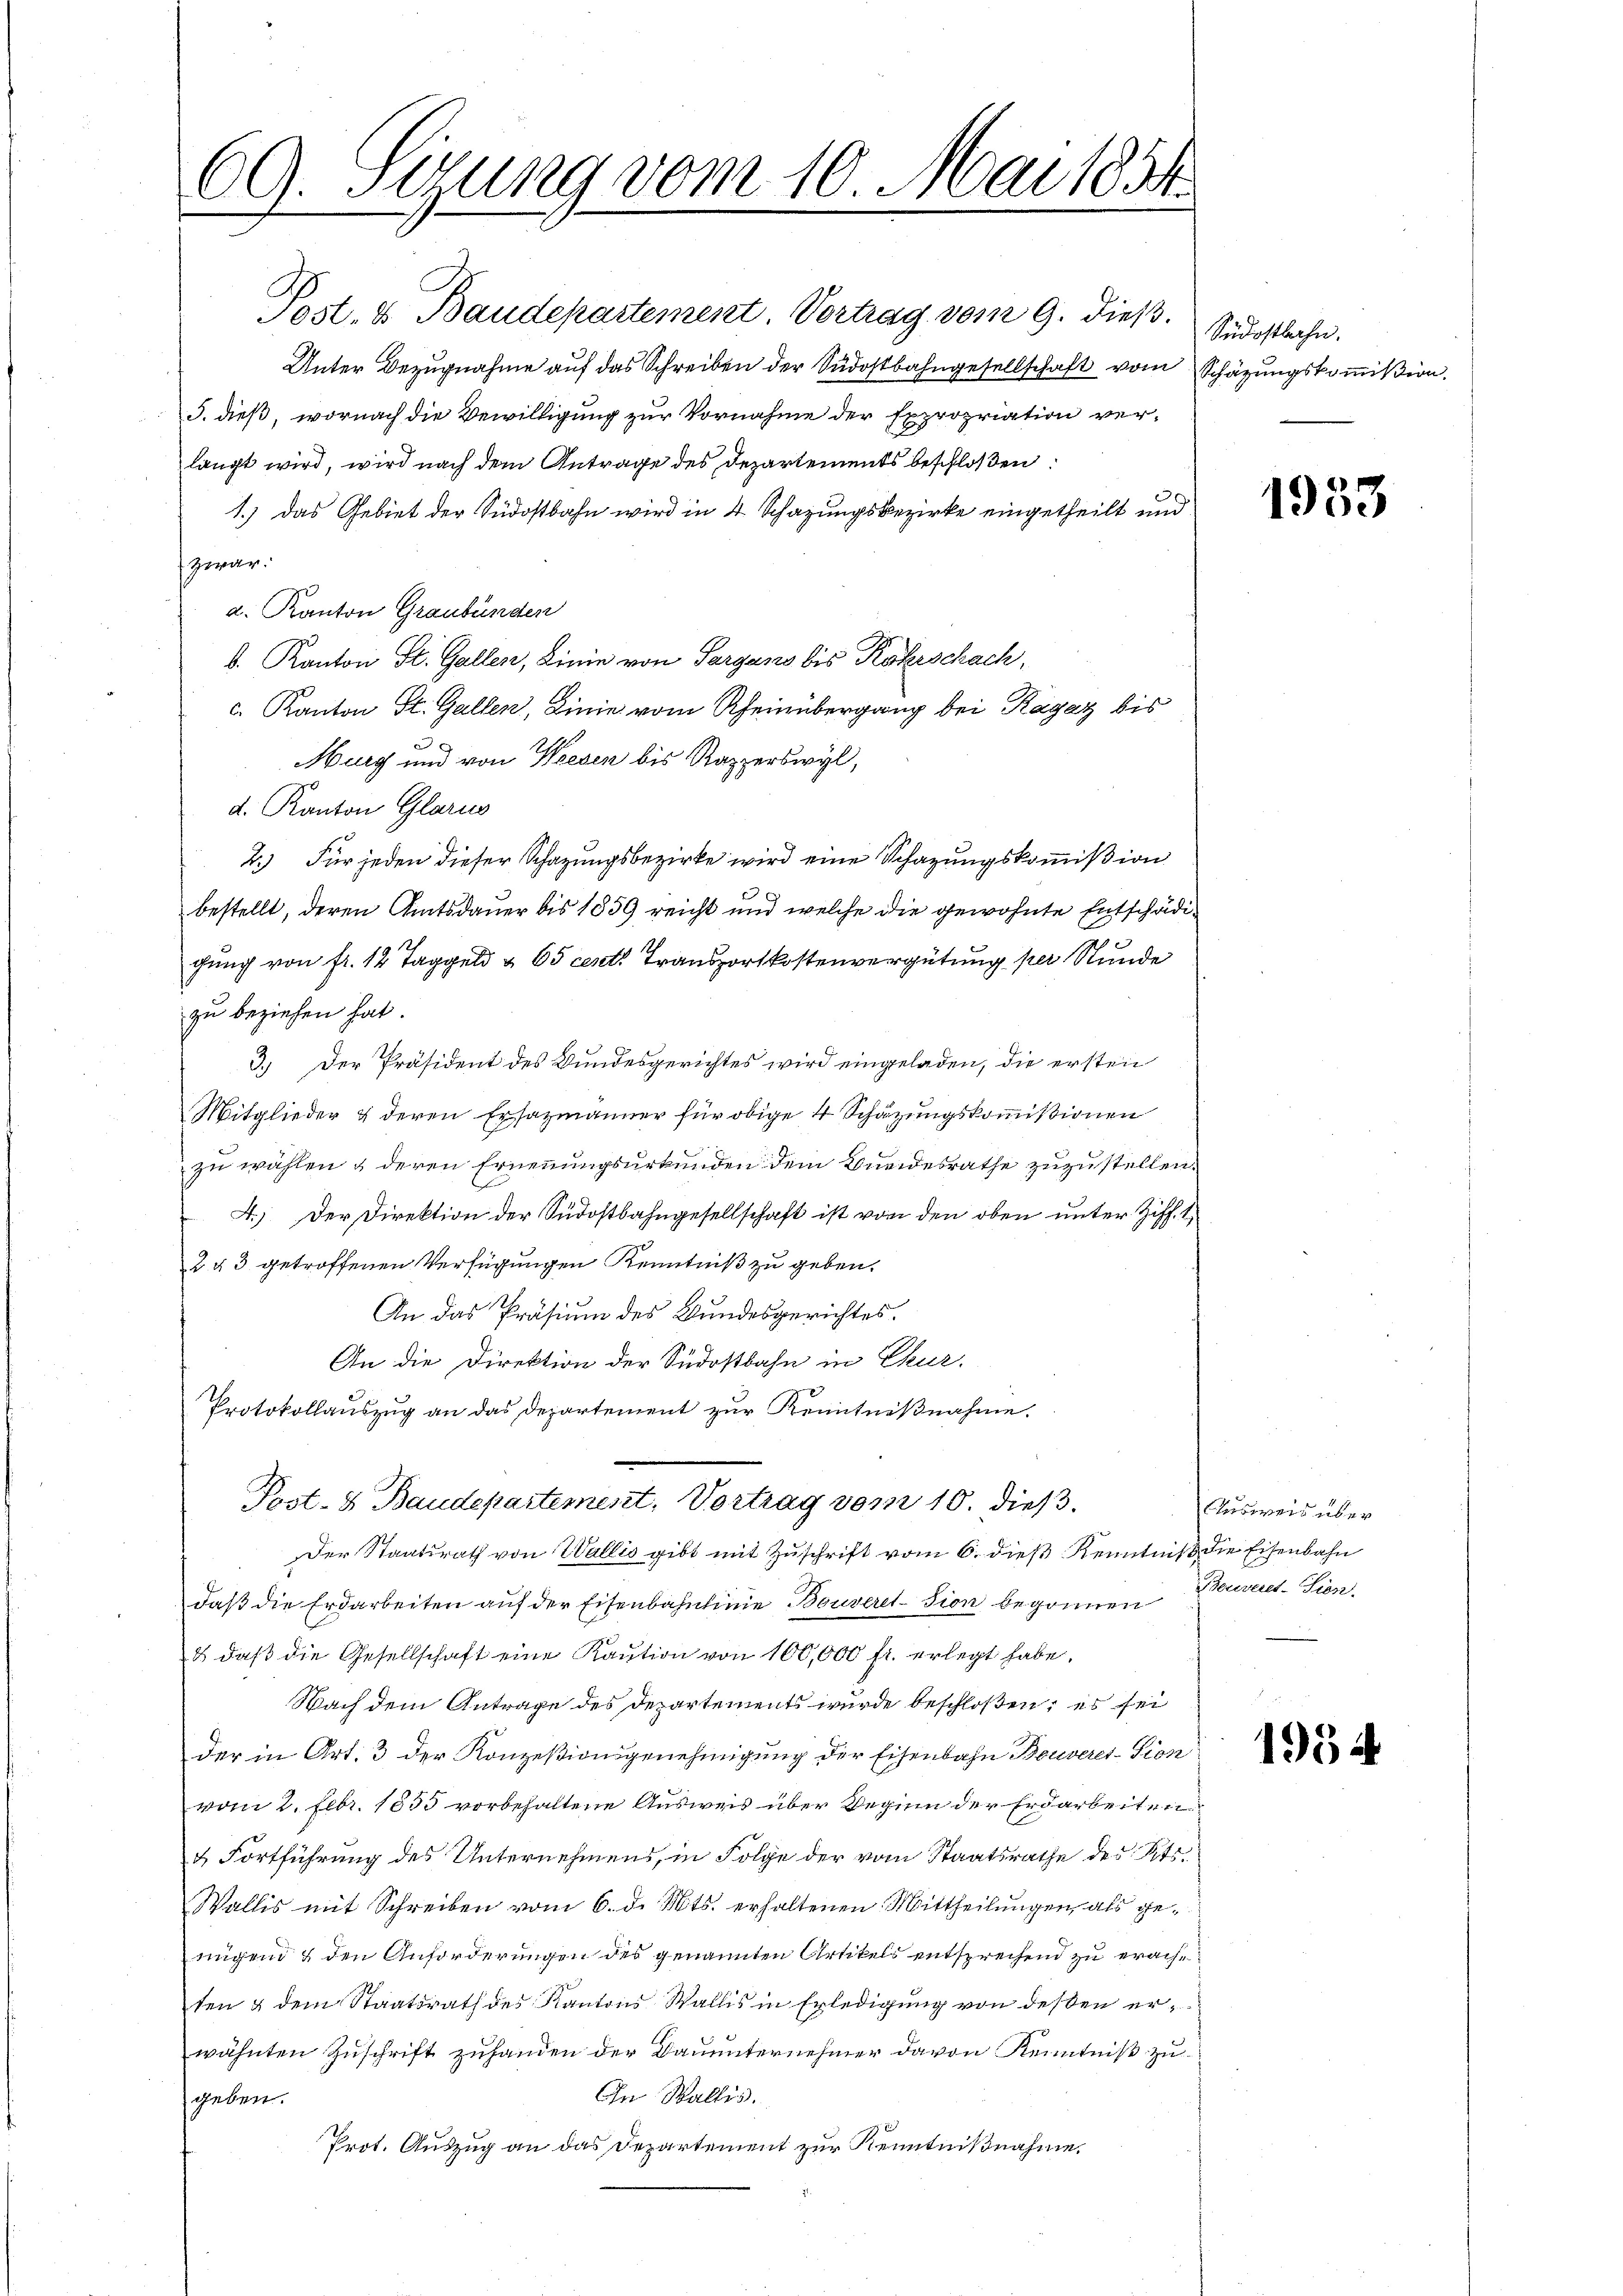
69. Sizung vom 10. Mai 1854
1
m

Post. & Baudepartement. Vortrag vom 9. dieβ. Südostbahn.
Unter Bezugnahme auf das Schreiben der Südostbahngesellschaft vom Schätzungskommission.
5. dieß, wornach die Bewilligung zur Vornahme der Expropriation verlangt wird, wird nach dem Antrage des Departements beschloßen:
.
1.) Das Gebiet der Südostbahn wird in 4 Schazungsbezirke eingetheilt und
zwar:
d. Kanton Graubünden
b. Kanton St. Gallen, Linie von Sargans bis Röhrschach,
. Kanton St. Gallen, Linie vom Rheinübergang bei Ragaz bis
.
Murg und von Weesen bis Rapperswyl,
d. Kanton Glarus
2.) Für jeden dieser Schazungsbezirke wird eine Schazungskommißion
bestellt, deren Amtsdauer bis 1859 reicht und welche die gewohnte Entschädigung von fr. 12 Taggeld & 65 cent. Transportkostenvergütung per Stunde
zu beziehen hat.
3.) Der Präsident des Bundesgerichtes wird eingeladen, die ersten
Mitglieder & deren Ersazmänner für obige 4 Schätzungskommißionen
zu wählen & deren Ernennungsurkunden dem Bundesrathe zuzustellen.
A.) Der Direktion der Südostbahngesellschaft ist von den oben unter Ziff. 1
2 u 3 getroffenen Verfügungen Kenntniß zu geben.
An das Präsium des Bundesgerichtes.
An die Direktion der Südostbahn in Chur.
Protokollauszug an das Departement zur Kenntnißnahme.
Post- & Baudepartement, Vortrag vom 10. dieß.
Der Staatsrath von Wallis gibt mit Zuschrift vom 6. dieß Kenntniß die Eisenbahn
daβ die Erdarbeiten auf der Eisenbahnlinie Bouveression begonnen Baureres-Piss
u daβ die Gesellschaft eine Kaution von 100,000 fl. erlegt habe.
Nach dem Antrage des Departements wurde beschloßen; es sei
der in Art. 3 der Konzesionsgenehmigung der Eisenbahn Bouveression
vom 2. Febr. 1855 vorbehaltene Ausweis über Reginn der Erdarbeiten
& Fortführung des Unternehmens, in Folge der vom Staatsrathe des Kts.
Wallis mit Schreiben vom 6. d. Mts. erhaltenen Mittheilungen als genigend & den Anforderungen des genannten Artikels entsprechend zu erachten & dem Staatsrath des Kantons Wallis in Erledigung von deßen erwähnten Zuschrift zufanden der Dauunternehmer davon Kenntniß zu¬
In Wallis.
geben.
Prot. Auszug an das Departement zur Kenntnißnahme.

1953

Ausweis über

1954